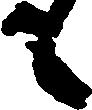
も